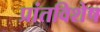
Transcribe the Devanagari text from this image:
प्रांतविशेष